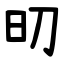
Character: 旫